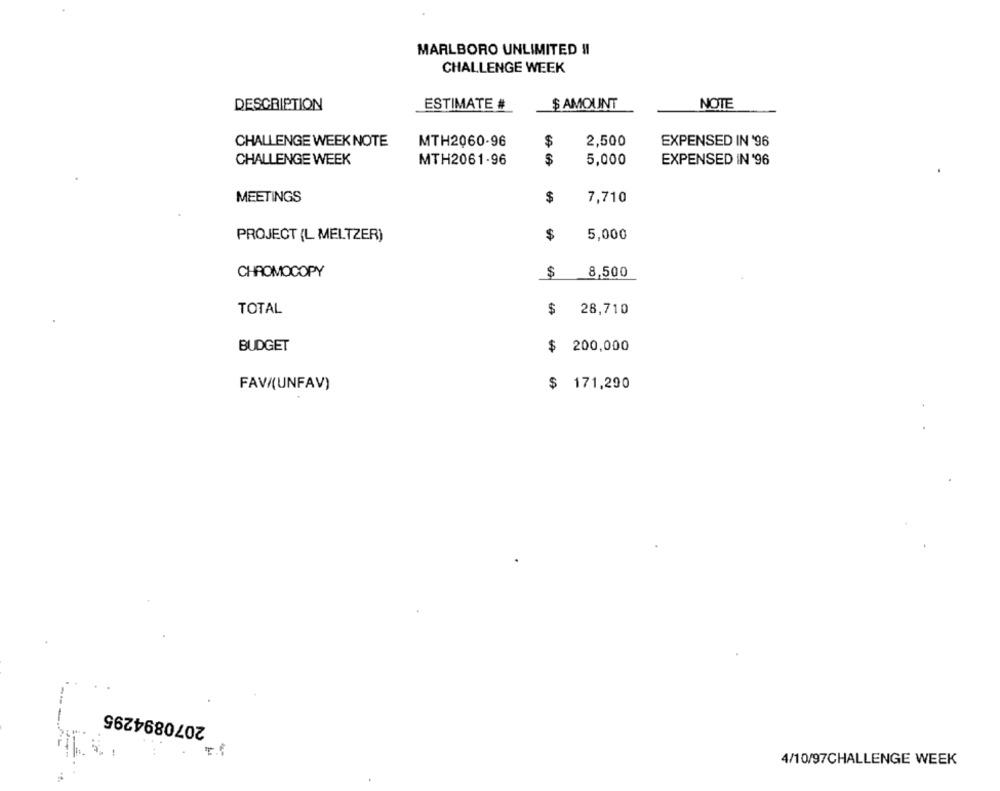
MARLBORO UNLIMITED !!
CHALLENGE WEEK
ESTIMATE #
DESCRIPTION
$ AMOUNT
NOTE
CHALLENGE WEEK NOTE
MTH2060-96
2,500
EXPENSED IN '96
$
CHALLENGE WEEK
MTH2061-96
$
5,000
EXPENSED IN '96
MEETINGS
7,710
$
$
5,000
PROJECT (L MELTZER)
CHROMOCOPY
$
8,500
TOTAL
$ 28,710
BUDGET
$ 200,000
FAV/(UNFAV)
$ 171,290
2070894295
4/10/97CHALLENGE WEEK